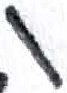
אות: ו